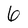
Character: 6